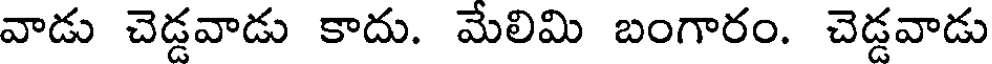
వాడు చెడ్డవాడు కాదు. మేలిమి బంగారం. చెడ్డవాడు